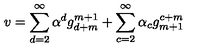
v = \sum _ { d = 2 } ^ { \infty } \alpha ^ { d } g _ { d + m } ^ { m + 1 } + \sum _ { c = 2 } ^ { \infty } \alpha _ { c } g _ { m + 1 } ^ { c + m }